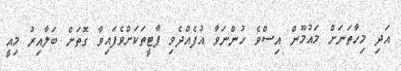
އަދި މިހާތަނަށް މައުމޫން އިސްވެ ހުންނަވާ އުފެއްދެވި ޕާޓީތަކަށްވެފައިވާ ގޮތަށް ބަލާއިރު މިއީ